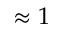
\approx 1